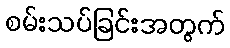
စမ်းသပ်ခြင်းအတွက်